Report of the veterinary officer investigating camel disease
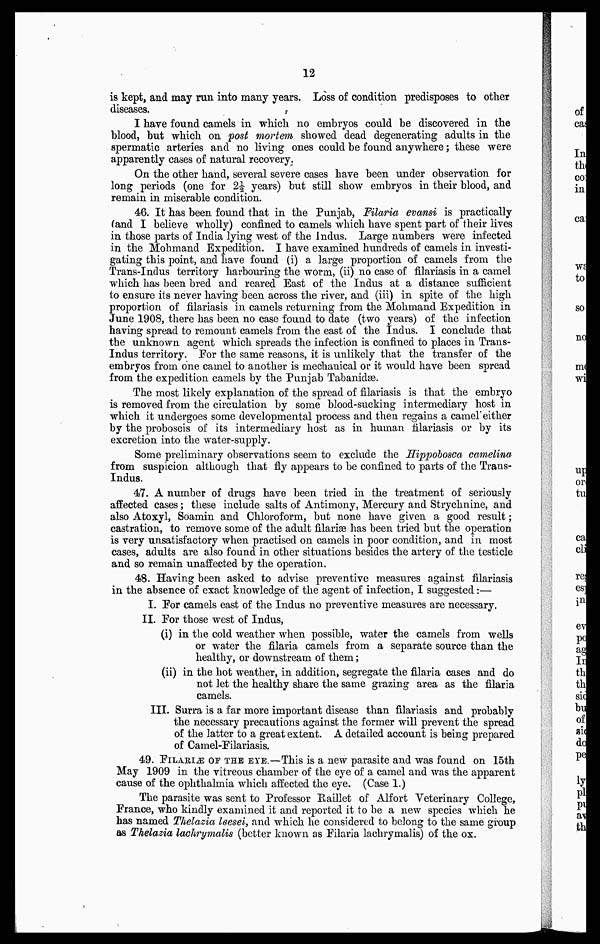
12
is kept, and may run into many years. Loss of condition predisposes to other
diseases.
I have found camels in which no embryos could be discovered in the
blood, but which on post mortem showed dead degenerating adults in the
spermatic arteries and no living ones could be found anywhere ; these were
apparently cases of natural recovery.
On the other hand, several severe cases have been under observation for
long periods (one for 2½ years) but still show embryos in their blood, and
remain in miserable condition.
46. It has been found that in the Punjab, Filaria evansi is practically
(and I believe wholly) confined to camels which have spent part of their lives
in those parts of India lying west of the Indus. Large numbers were infected
in the Mohmand Expedition. I have examined hundreds of camels in investi-
gating this point, and have found (i) a large proportion of camels from the
Trans-Indus territory harbouring the worm, (ii) no case of filariasis in a camel
which has been bred and reared East of the Indus at a distance sufficient
to ensure its never having been across the river, and (iii) in spite of the high
proportion of filariasis in camels returning from the Mohmand Expedition in
June 1908, there has been no case found to date (two years) of the infection
having spread to remount camels from the east of the Indus. I conclude that
the unknown agent which spreads the infection is confined to places in Trans-
Indus territory. For the same reasons, it is unlikely that the transfer of the
embryos from one camel to another is mechanical or it would have been spread
from the expedition camels by the Punjab Tabanidæ.
The most likely explanation of the spread of filariasis is that the embryo
is removed from the circulation by some blood-sucking intermediary host in
which it undergoes some developmental process and then regains a camel either
by the proboscis of its intermediary host as in human filariasis or by its
excretion into the water-supply.
Some preliminary observations seem to exclude the Hippobosca camelina
from suspicion although that fly appears to be confined to parts of the Trans-
Indus.
47. A number of drugs have been tried in the treatment of seriously
affected cases ; these include salts of Antimony, Mercury and Strychnine, and
also Atoxyl, Soamin and Chloroform, but none have given a good result ;
castration, to remove some of the adult filariæ has been tried but the operation
is very unsatisfactory when practised on camels in poor condition, and in most
cases, adults are also found in other situations besides the artery of the testicle
and so remain unaffected by the operation.
48. Having been asked to advise preventive measures against filariasis
in the absence of exact knowledge of the agent of infection, I suggested :—
I. For camels east of the Indus no preventive measures are necessary.
II. For those west of Indus,
(i) in the cold weather when possible, water the camels from wells
or water the filaria camels from a separate source than the
healthy, or downstream of them ;
(ii) in the hot weather, in addition, segregate the filaria cases and do
not let the healthy share the same grazing area as the filaria
camels.
III. Surra is a far more important disease than filariasis and probably
the necessary precautions against the former will prevent the spread
of the latter to a great extent. A detailed account is being prepared
of Camel-Filariasis.
49. FILARIÆ OF THE EYE.—This is a new parasite and was found on 15th
May 1909 in the vitreous chamber of the eye of a camel and was the apparent
cause of the ophthalmia which affected the eye. (Case 1.)
The parasite was sent to Professor Raillet of Alfort Veterinary College,
Prance, who kindly examined it and reported it to be a new species which he
has named Thelazia leesei, and which he considered to belong to the same group
as Thelazia lachrymalis (better known as Filaria lachrymalis) of the ox.